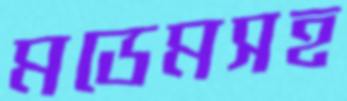
মডেমসহ